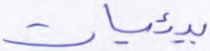
بيئيات